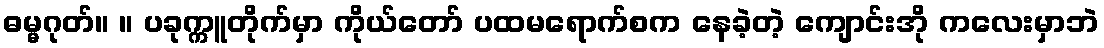
ဓမ္မဂုတ်။ ။ ပခုက္ကူတိုက်မှာ ကိုယ်တော် ပထမရောက်စက နေခဲ့တဲ့ ကျောင်းအို ကလေးမှာဘဲ